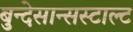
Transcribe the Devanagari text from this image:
बुन्देसान्सस्टाल्ट